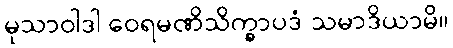
မုသာဝါဒါ ဝေရမဏိသိက္ခာပဒံ သမာဒိယာမိ။